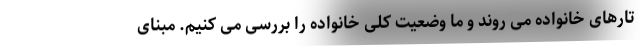
تارهای خانواده می روند و ما وضعیت کلی خانواده را بررسی می کنیم. مبنای